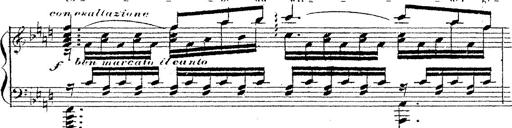
Title: 12 Lieder von Franz Schubert
Composer: Franz Liszt